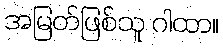
အမြတ်ဖြစ်သူ ဂါထာ။